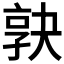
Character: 𡥹